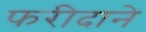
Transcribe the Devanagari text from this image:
फरीदाने